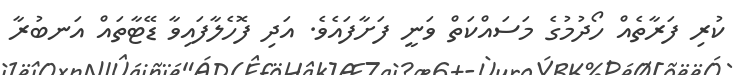
ކުރި ފަރާތެއް ހޯދުމުގެ މަސައްކަތް ވަނީ ފަށާފައެވެ. އަދި ފޮހެލާފައިވާ ޑޭޓާތައް އަނބުރާ